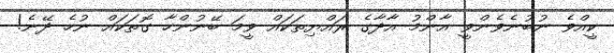
ކީއްވެ ނުބުނެވެންވީ އާންމު އާދާގެ ރައްޔިތަކައް ވީމަ ބޭނުންހާ ގޮތަކައް ނުހެ ދޭނެ!